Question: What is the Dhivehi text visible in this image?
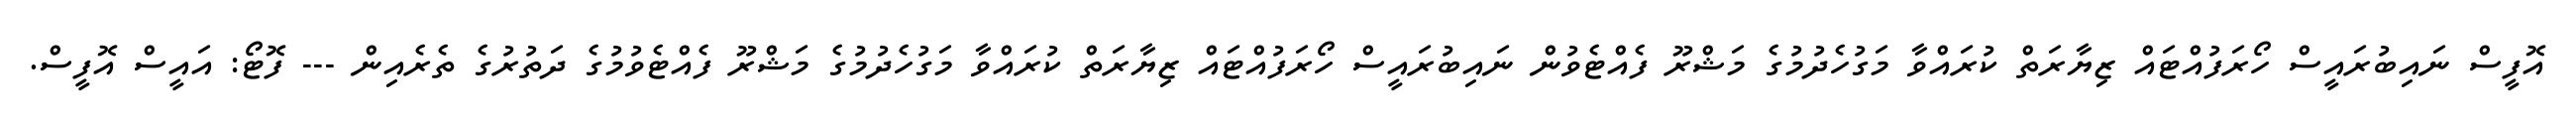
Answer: އޮފީސް ނައިބުރައީސް ހޯރަފުއްޓައް ޒިޔާރަތް ކުރައްވާ މަގުހެދުމުގެ މަޝްރޫ ފެއްޓެވުން ނައިބުރައީސް ހޯރަފުއްޓައް ޒިޔާރަތް ކުރައްވާ މަގުހެދުމުގެ މަޝްރޫ ފެއްޓެވުމުގެ ދަތުރުގެ ތެރެއިން --- ފޮޓޯ: އައީސް އޮފީސް.